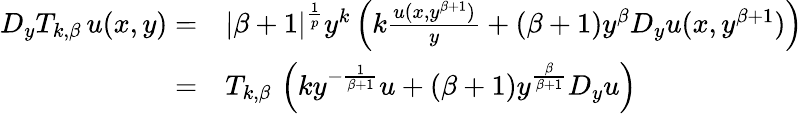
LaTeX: \begin{array}{rl}{D_{y}T_{k,\beta\, }u(x,y)=}&{|\beta+1|^{\frac 1p}y^{k}\left(k\frac{u(x,y^{\beta+1})}y+(\beta+1)y^{\beta}D_{y}u(x,y^{\beta+1})\right)}\\ {=}&{T_{k,\beta\, }\left(ky^{-\frac 1{\beta+1}}u+(\beta+1)y^{\frac{\beta}{\beta+1}}D_{y}u\right)}\end{array}